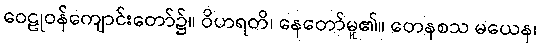
ဝေဠုဝန်ကျောင်းတော်၌။ ဝိဟရတိ၊ နေတော်မူ၏။ တေနစသ မယေန၊